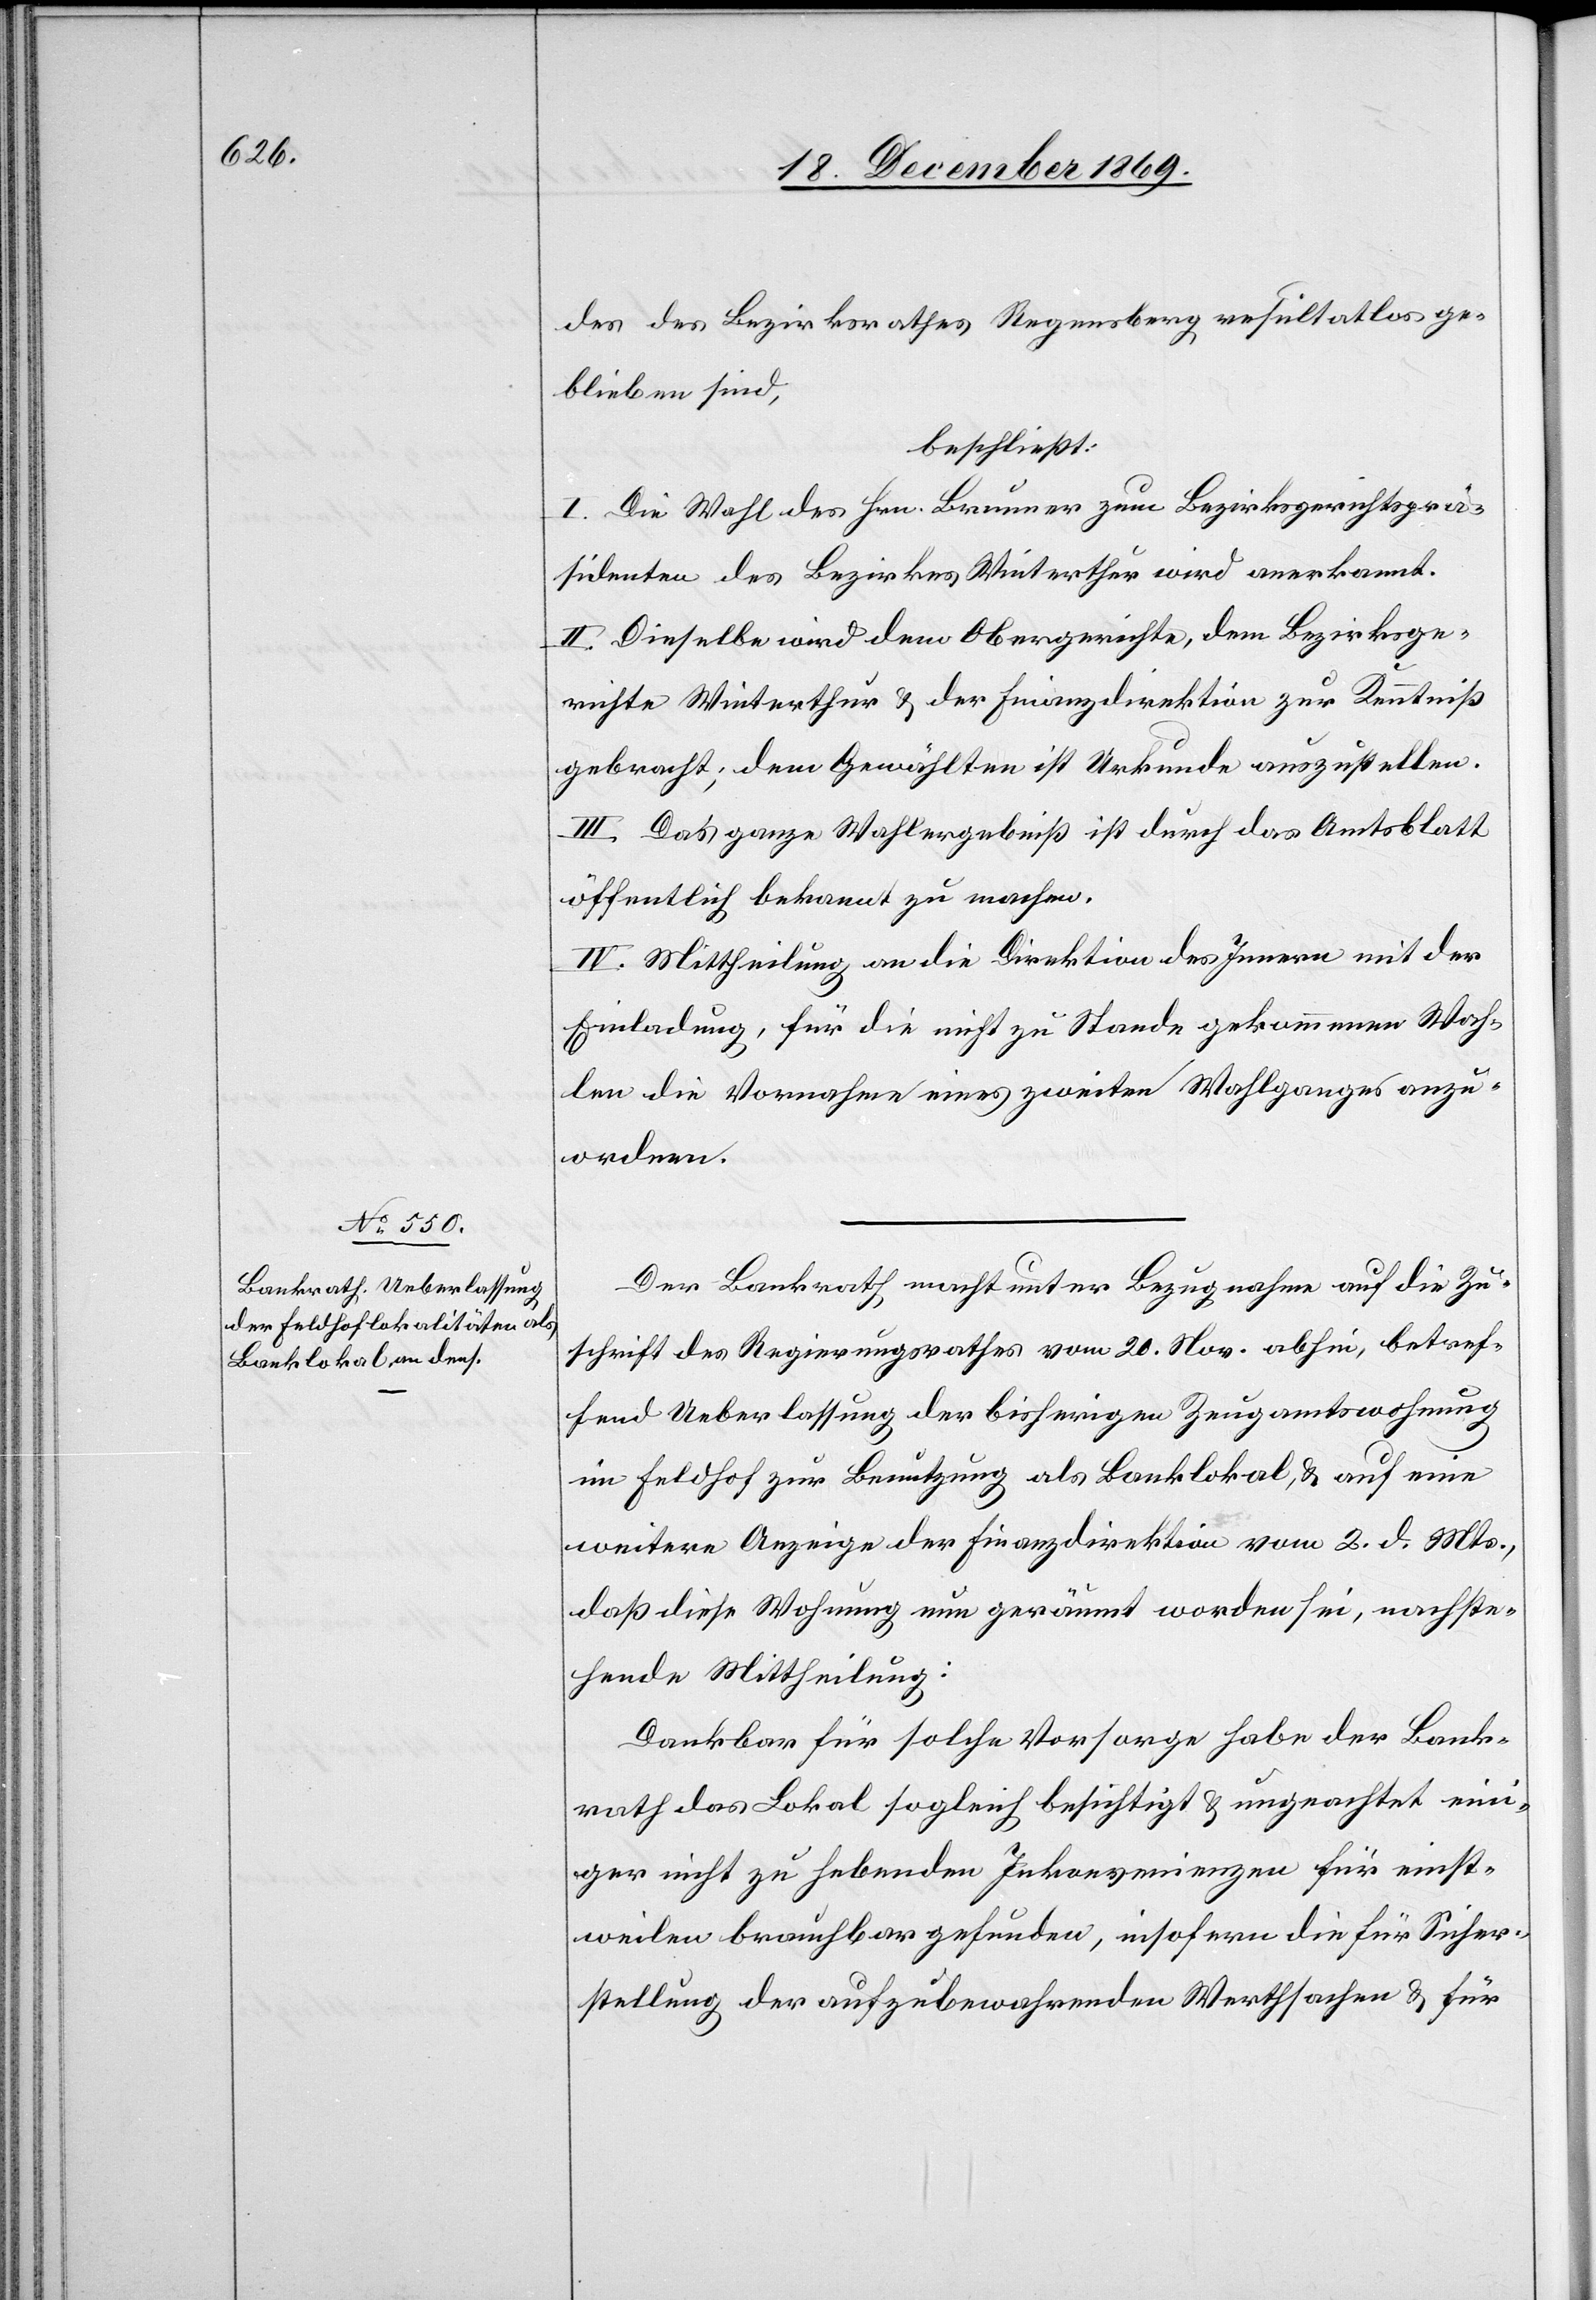
des des Bezirksrathes Regensberg resultatlos ge¬
blieben sind,
beschließt:
I. Die Wahl des Hrn. Brunner zum Bezirksgerichtsprä¬
sidenten des Bezirkes Winterthur wird anerkannt.
II. Dieselbe wird dem Obergerichte, dem Bezirksge¬
richte Winterthur & der Finanzdirektion zur Kenntniß
gebracht; dem Gewählten ist Urkunde auszustellen.
III. Das ganze Wahlergebniß ist durch das Amtsblatt
öffentlich bekannt zu machen.
IV. Mittheilung an die Direktion des Innern mit der
Einladung, für die nicht zu Stande gekommenen Wah¬
len die Vornahme eines zweiten Wahlganges anzu¬
ordnen.
Der Bankrath macht unter Bezugnahme auf die Zu¬
schrift des Regierungsrathes vom 20. Nov. abhin, betref¬
fend Ueberlassung der bisherigen Zeugamtswohnung
im Feldhof zur Benutzung als Banklokal, & auf eine
weitere Anzeige der Finanzdirektion vom 2. d. Mts.,
daß diese Wohnung nun geräumt worden sei, nachste¬
hende Mittheilung:
Dankbar für solche Vorsorge habe der Bank¬
rath das Lokal sogleich besichtigt & ungeachtet ein¬
iger nicht zu hebenden Inkonvenienzen für einst¬
weilen brauchbar gefunden, insofern die für Sicher¬
stellung der aufzubewahrenden Werthsachen & für